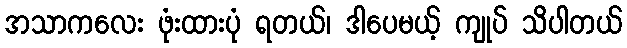
အသာကလေး ဖုံးထားပုံ ရတယ်၊ ဒါပေမယ့် ကျုပ် သိပါတယ်